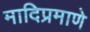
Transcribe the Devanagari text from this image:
मादिप्रमाणे